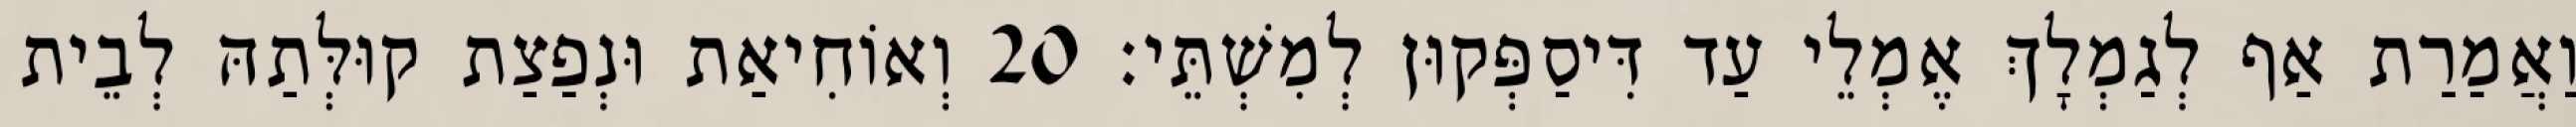
וַאֲמַרַת אַף לְגַמְלָךְ אֶמְלֵי עַד דִּיסַפְּקוּן לְמִשְׁתֵּי׃ 20 וְאוֹחִיאַת וּנְפַצַת קוּלְּתַהּ לְבֵית